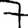
Digit: 7